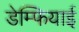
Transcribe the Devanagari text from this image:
डेम्फियाई